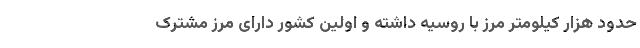
حدود هزار کیلومتر مرز با روسیه داشته و اولین کشور دارای مرز مشترک